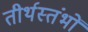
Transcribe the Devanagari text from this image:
तीर्थस्तंभों